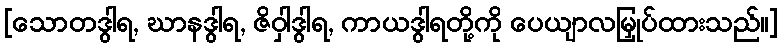
[သောတဒွါရ, ဃာနဒွါရ, ဇိဝှါဒွါရ, ကာယဒွါရတို့ကို ပေယျာလမြှုပ်ထားသည်။]